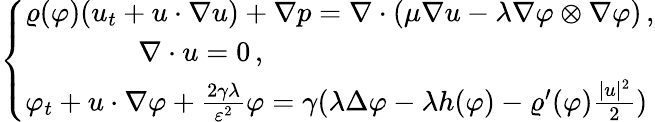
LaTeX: \left\{ \begin{array}{l}{\varrho(\varphi)(u_{t}+u\cdot\nabla u)+\nabla p=\nabla\cdot(\mu\nabla u-\lambda\nabla\varphi\otimes\nabla\varphi)\, ,}\\ {\qquad\qquad\nabla\cdot u=0\, ,}\\ {\varphi_{t}+u\cdot\nabla\varphi+\frac{2\gamma\lambda}{\varepsilon^{2}}\varphi=\gamma(\lambda\Delta\varphi-\lambda h(\varphi)-\varrho^{\prime}(\varphi)\frac{|u|^{2}}{2})}\end{array}\right.